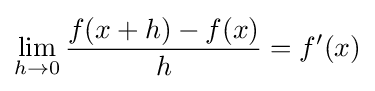
\lim _{h\to 0}{f(x+h)-f(x) \over h}=f'(x)